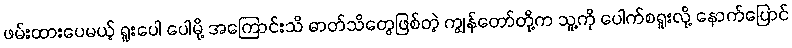
ဖမ်းထားပေမယ့် ရူးပေါ ပေါမို့ အကြောင်းသိ ဓာတ်သိတွေဖြစ်တဲ့ ကျွန်တော်တို့က သူ့ကို ပေါက်စရူးလို့ နောက်ပြောင်